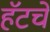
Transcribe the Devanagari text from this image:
हॅटचे